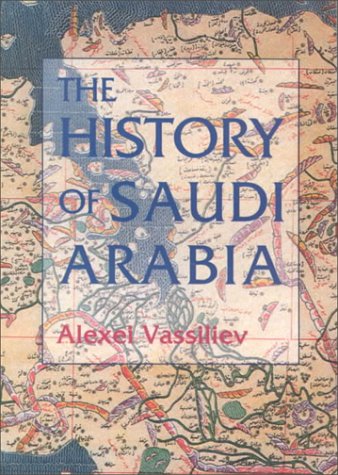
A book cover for The History of Saudi Arabia; Alexei Vassiliev; History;